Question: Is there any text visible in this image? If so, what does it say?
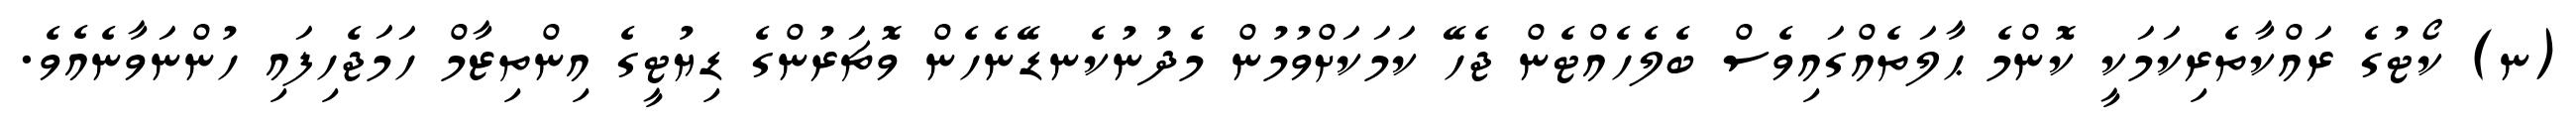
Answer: (ނ) ކޯޓުގެ ރައްކާތެރިކަމަކީ ކޮންމެ ޙާލަތެއްގައިވެސް ބެލެހެއްޓެން ޖެހޭ ކަމަކަށްވުމުން މެދުނުކެނޑޭނެހެން ވޮޗަރުންގެ ޑިޔުޓީގެ އިންތިޒާމް ހަމަޖެހިފައި ހުންނަވާނެއެވެ.